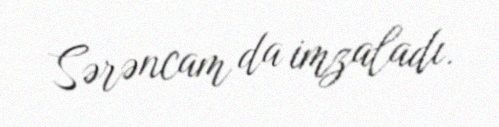
Sərəncam da imzaladı.